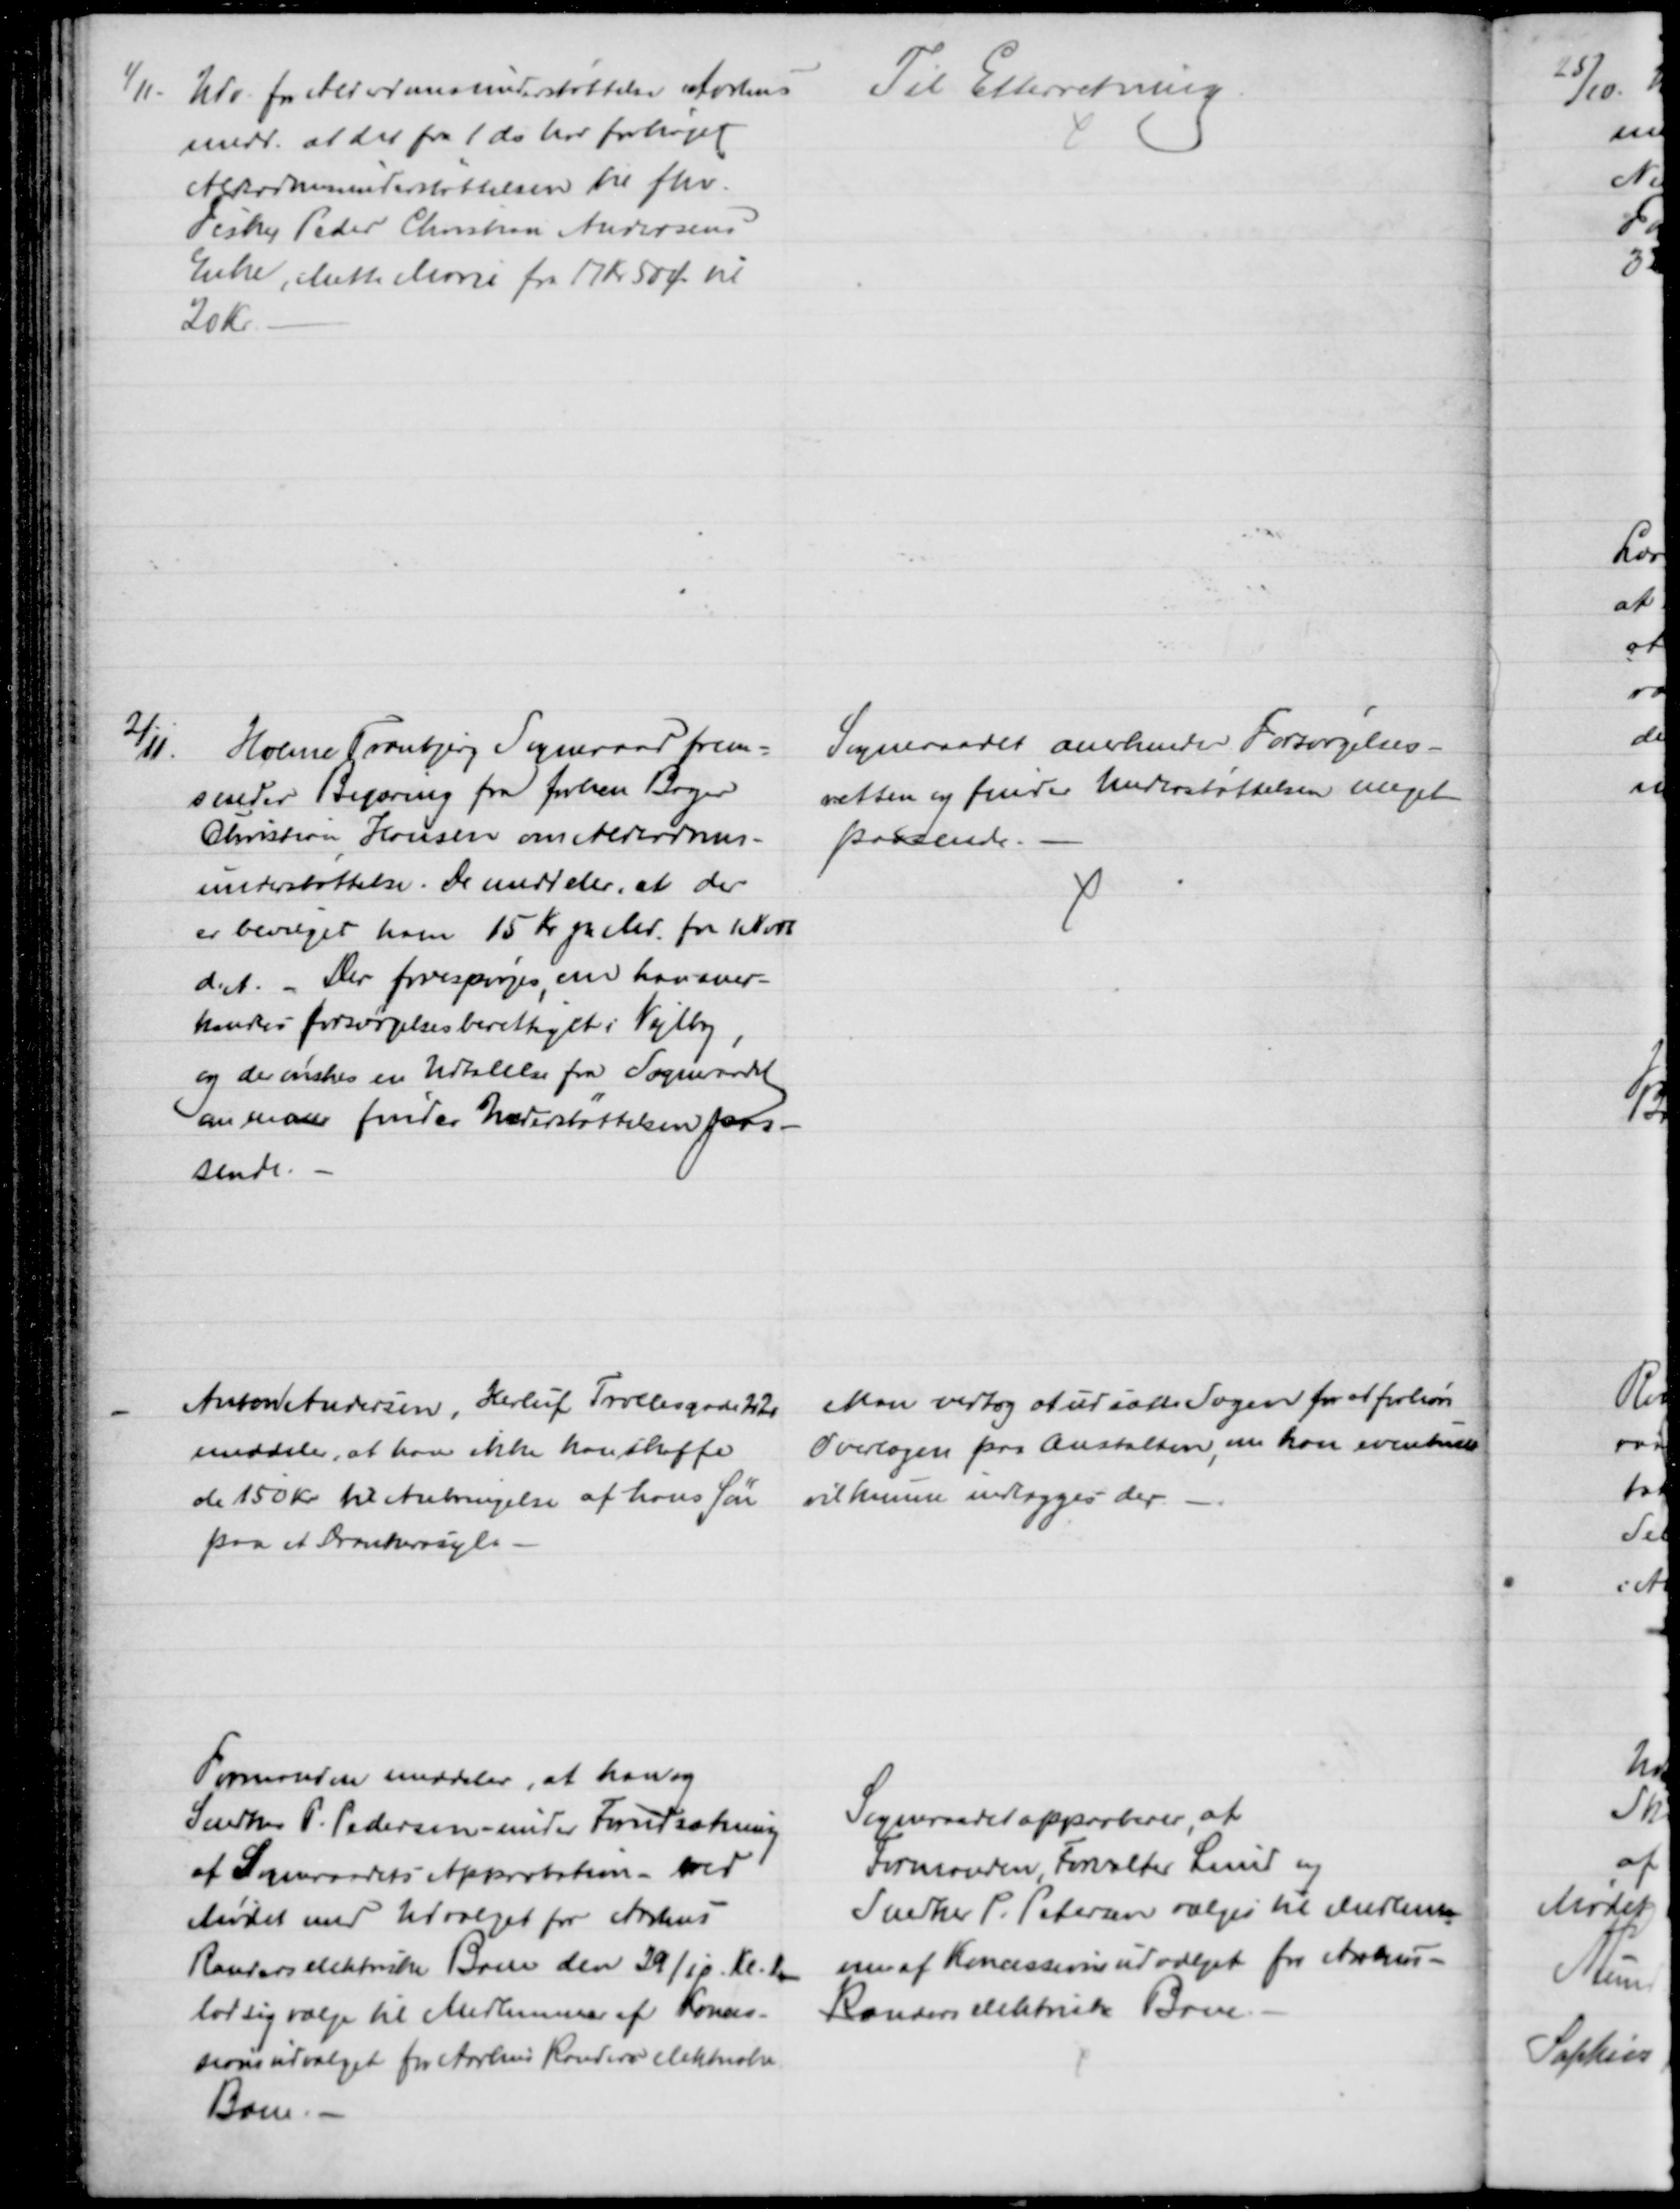
Transskription:
1/11. Udv. for Alderdomsunderstøttelse Aarhus
medd. at det fra 1 ds har forhøjet
Alderdomsunderstøttelsen til fhv.
Fisker Peder Christian Andersens
Enke, Mette Marie fra 17 Kr 50 Ø til
20 Kr.
Til Efterretning
2/11.
Holme Tranbjerg Sogneraad frem-
sender Begæring fra forhen Bager
Christian Hansen om Alderdoms-
understøttelse. De meddeler, at der
er bevilget ham 15 Kr pr Md. fra 1 Novb
d.A. - Der forespørges, om han aner-
kendes forsørgelsesberettiget i Vejlby
og der ønskes en Udtalelse fra Sogneraadet
om man finder Understøttelsen pas-
sende.
Sogneraadet anerkender Forsørgelses-
retten og finder Understøttelsen meget
passende.
Anton Andersen, Herluf Trollesgade 22
meddeler, at han ikke kan skaffe
de 150 Kr til Anbringelse af hans Søn
paa et Drankerasyl.
Man vedtog at udsætte Sagen for at forhøre
Overlægen paa Anstalten, om han eventuelt
vil kunne indlægges der
Formanden meddeler, at han og
Snedker P. Pedersen - under Forudsætning
af Sogneraadets Approbation - ved
Mødet med Udvalget for Aarhus
Randers elektriske Bane den 29/11. Kl. 1
lod sig vælge til Medlemmer af Konces-
sionsudvalget for Aarhus Randers elektriske
Bane.
Sogneraadet approberer, at
Formanden, Forvalter Lund og
Snedker P. Petersen vælges til Medlem
=
mer af Koncessionsudvalget for Aarhus-
Randers elektriske Bane.